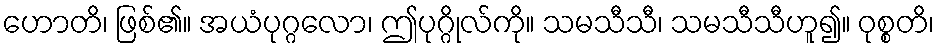
ဟောတိ၊ ဖြစ်၏။ အယံပုဂ္ဂလော၊ ဤပုဂ္ဂိုလ်ကို။ သမသီသီ၊ သမသီသီဟူ၍။ ဝုစ္စတိ၊